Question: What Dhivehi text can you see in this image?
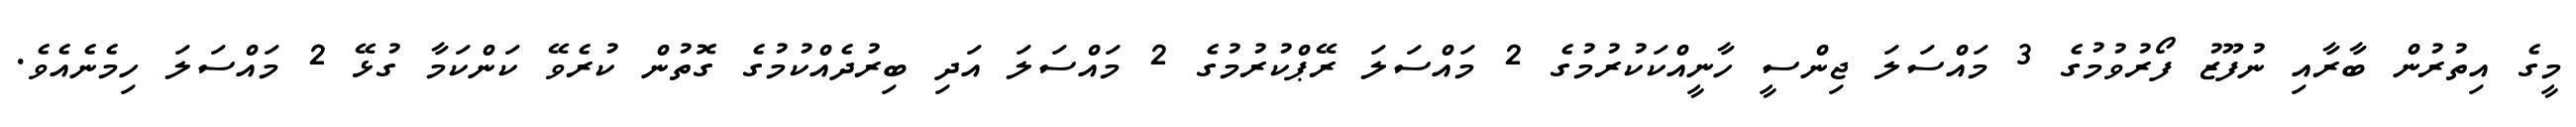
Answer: މީގެ އިތުރުން ބާރާއި ނުފޫޒު ފޯރުވުމުގެ 3 މައްސަލަ ޖިންސީ ހާނީއްކަކުރުމުގެ 2 މައްސަލަ ރޭޕްކުރުމުގެ 2 މައްސަލަ އަދި ބިރުދެއްކުމުގެ ގޮތުން ކުރެވޭ ކަންކަމާ ގުޅޭ 2 މައްސަލަ ހިމެނެއެވެ.